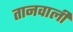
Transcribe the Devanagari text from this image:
तानवाली